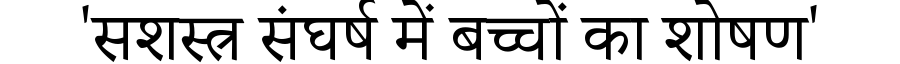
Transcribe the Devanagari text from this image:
'सशस्त्र संघर्ष में बच्चों का शोषण'